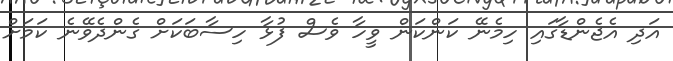
އަދި އެޖެންޑާގައި ހިމެނޭ ކަންކަން ވީހާ ވެސް ފުޅާ ހިސާބަކަށް ގެންދެވޭނެ ކަމަށް